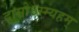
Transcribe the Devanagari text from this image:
दासोऽस्म्यहम्